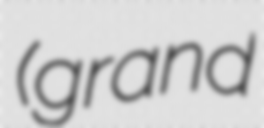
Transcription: (grand